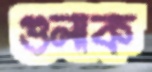
গুলাক